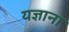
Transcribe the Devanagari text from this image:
यज्ञाना